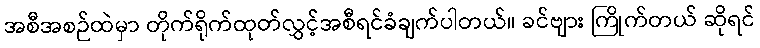
အစီအစဉ်ထဲမှာ တိုက်ရိုက်ထုတ်လွှင့်အစီရင်ခံချက်ပါတယ်။ ခင်ဗျား ကြိုက်တယ် ဆိုရင်